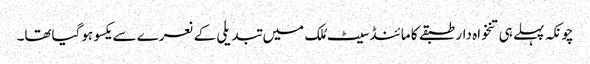
چونکہ پہلے ہی تنخواہ دار طبقے کا مائنڈسیٹ مُلک میں تبدیلی کے نعرے سے یکسو ہوگیاتھا۔